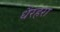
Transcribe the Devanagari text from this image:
धैरहरा